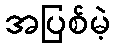
အပြစ်မဲ့